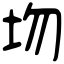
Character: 圽